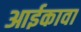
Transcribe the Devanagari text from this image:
आईकावा